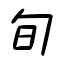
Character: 旬